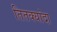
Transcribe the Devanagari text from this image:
तितक्यांदा